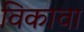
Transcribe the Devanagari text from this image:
विकावा